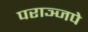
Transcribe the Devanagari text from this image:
पराञ्जपे